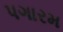
પગારમ